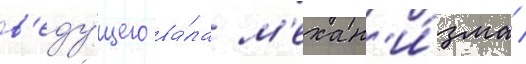
в'еду́щего ва́ла м'ехан'и́зма /